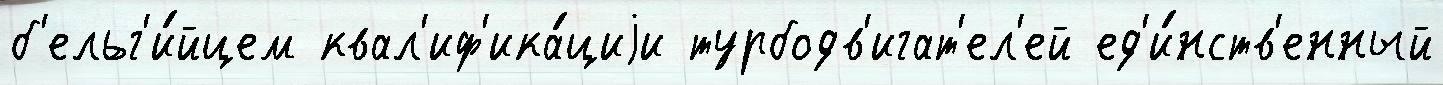
б'ельг'и́йцем квал'иф'ика́циjи турбодв'игат'ел'ей ед'и́нств'енный